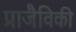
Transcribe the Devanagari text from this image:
प्राजैविकी